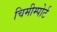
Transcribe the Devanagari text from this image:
चिमीम्पोर्ट